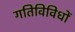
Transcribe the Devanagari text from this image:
गतिविविधों